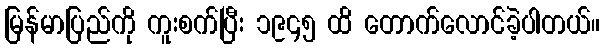
မြန်မာပြည်ကို ကူးစက်ပြီး ၁၉၄၅ ထိ တောက်လောင်ခဲ့ပါတယ်။